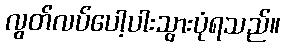
လွတ်လပ်ပေါ့ပါးသွားပုံရသည်။